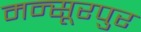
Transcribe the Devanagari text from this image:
मन्सूरपुर